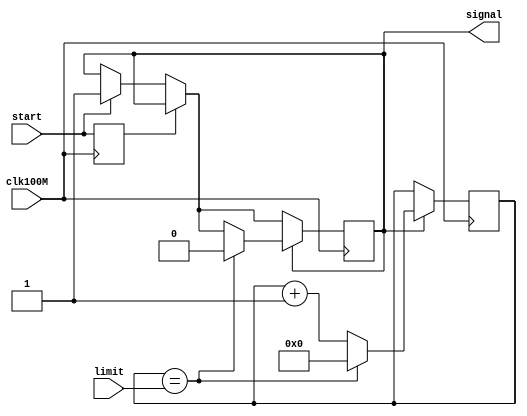
`timescale 1ns / 1ps
//////////////////////////////////////////////////////////////////////////////////
// Company: 
// Engineer: 
//
// Design Name: 
// Module Name: timer_duration
// Project Name: 
// Target Devices: 
// Tool Versions: 
// Description: 
// 
// Dependencies: 
// 
// Revision:
// Revision 0.01 - File Created
// Additional Comments:
// 
//////////////////////////////////////////////////////////////////////////////////


module timer_duration(
    input start,
    input clk100M,
    input [31:0] limit,
    output reg signal = 0
    );
    
    reg [31:0] count = 0;
    
    reg button_state = 0;
    
    always @ (posedge clk100M) begin
        if(button_state == 0) begin
            if(start == 1) begin
                signal <= 1;
                count <= 0;
            end
        end
        
        if(signal == 1) begin
            if(count == limit) begin
                count <= 0;
                signal <= 0;
            end
            else
                count = count + 1;
        end
        
        button_state <= start;
    end
    
endmodule